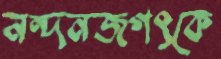
নন্দনজগৎকে